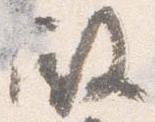
殿